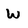
Character: w